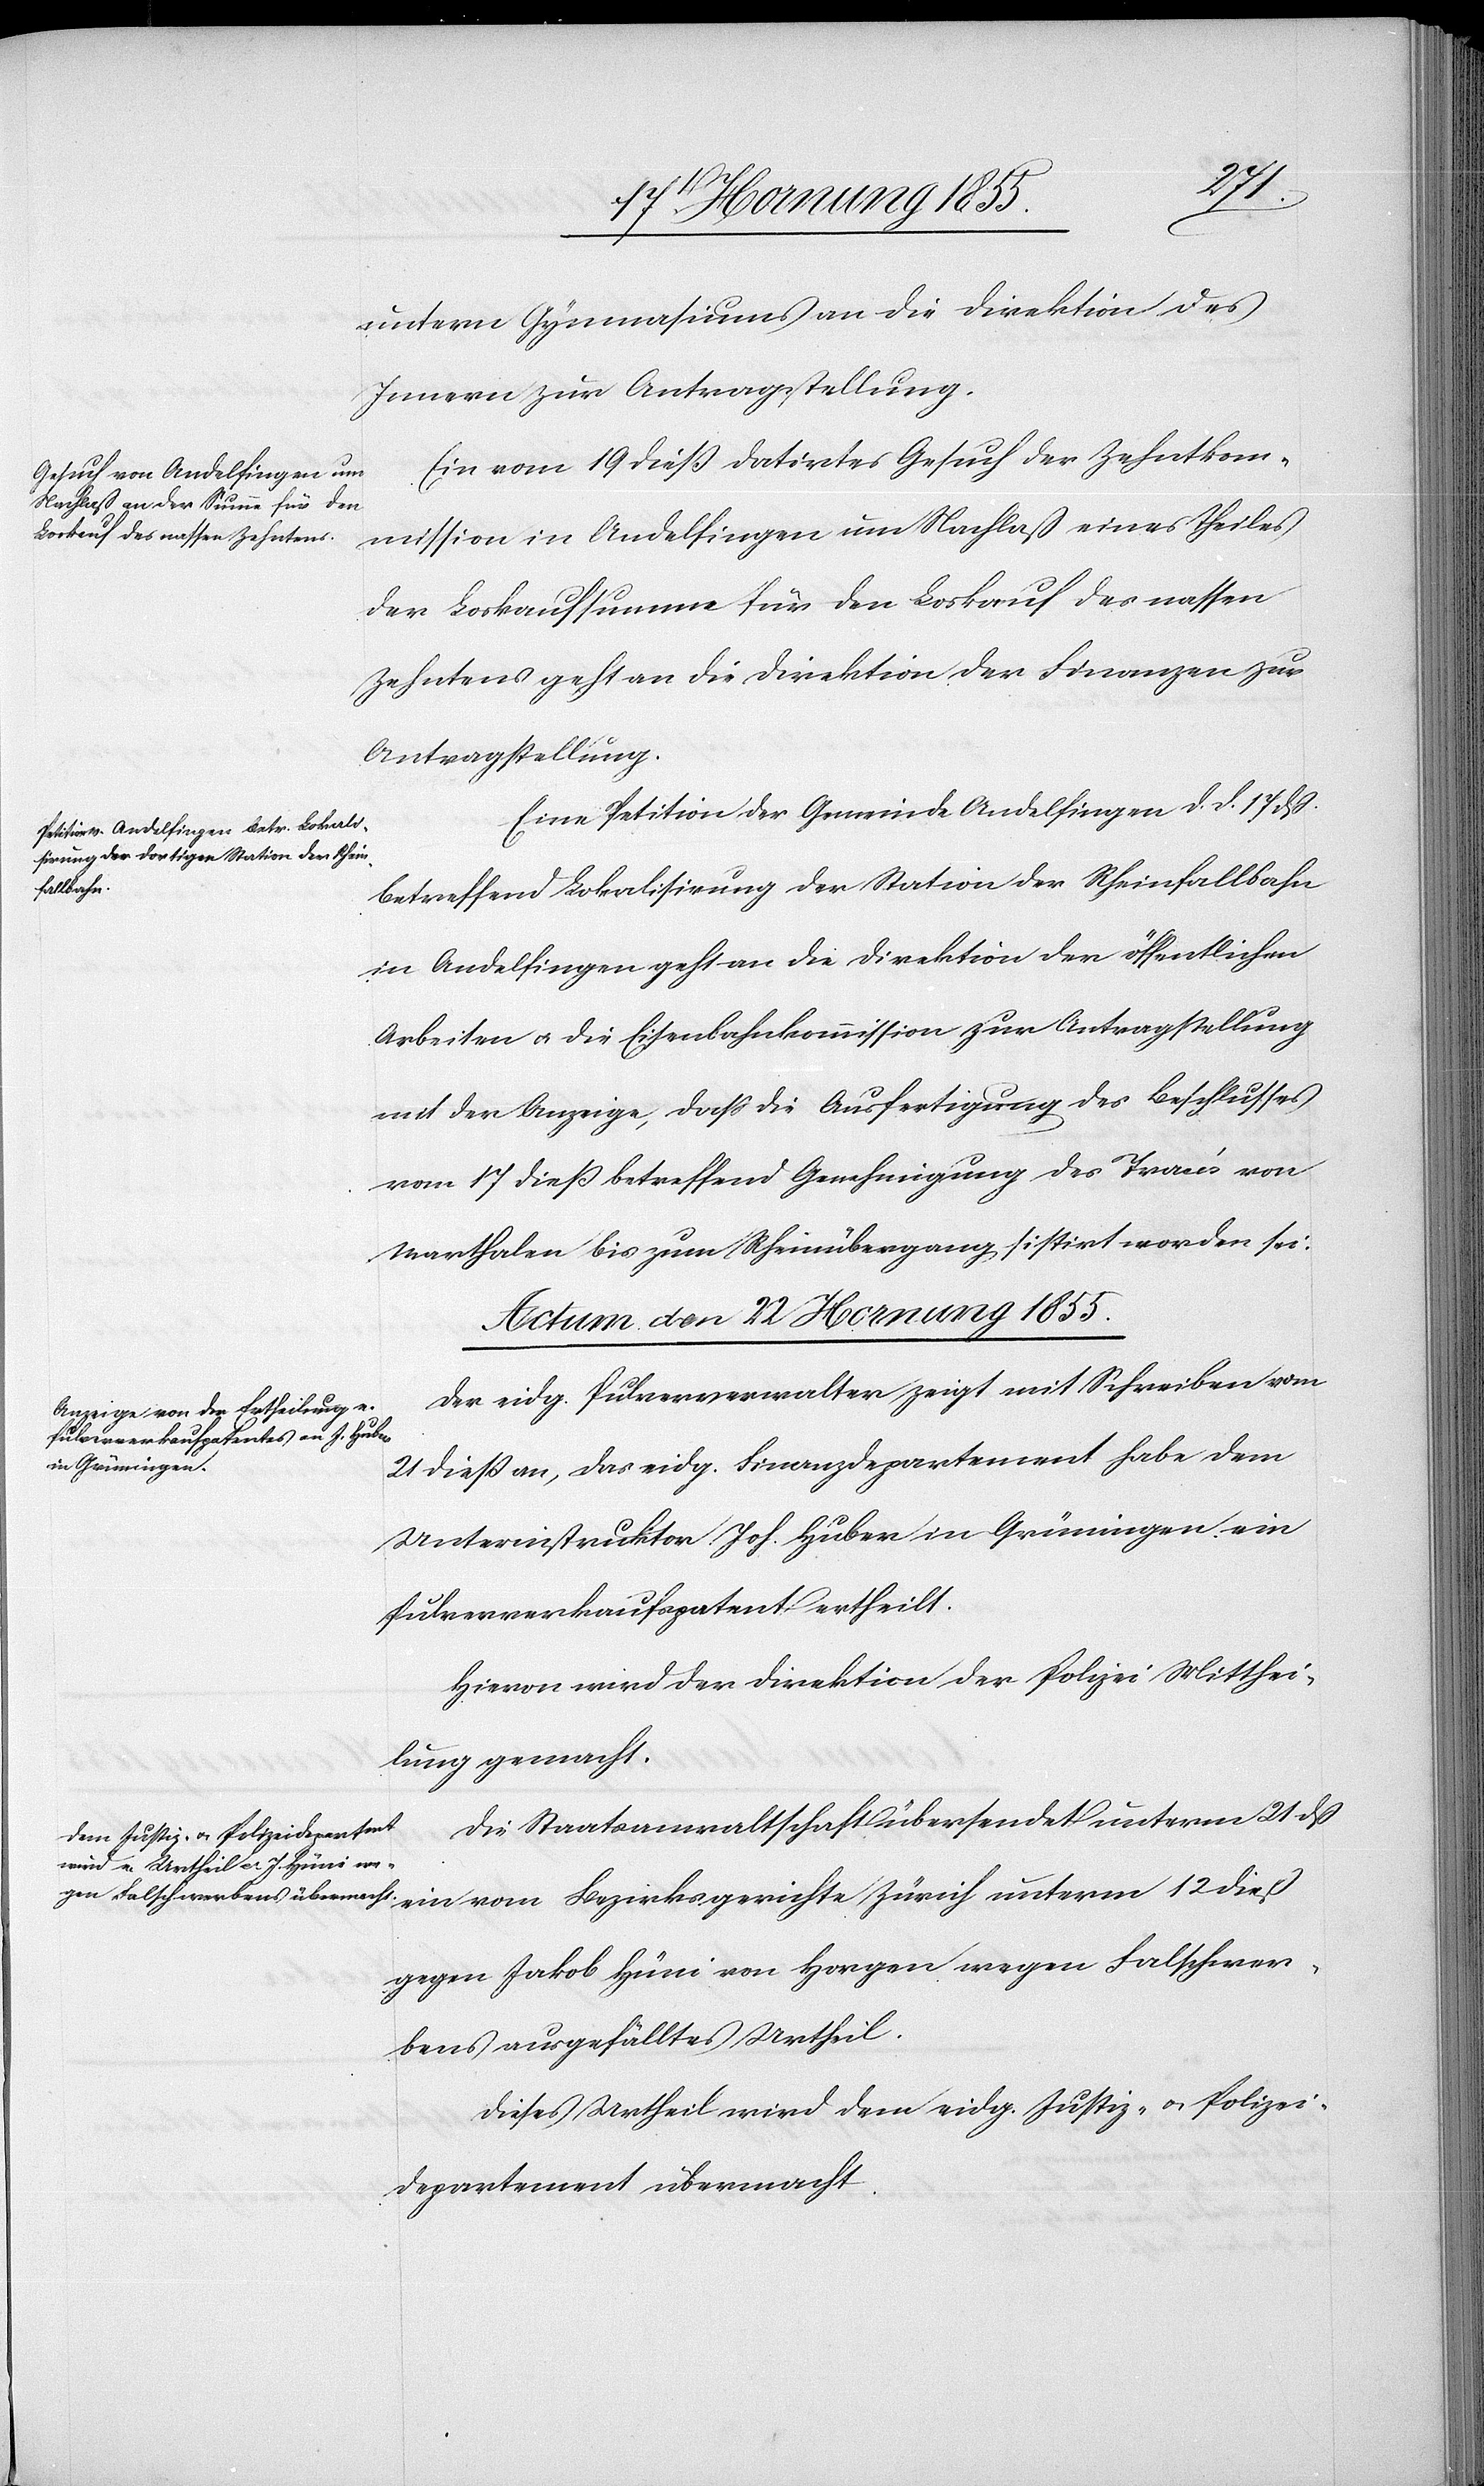
untern Gymnasiums an die Direktion des
Innern zur Antragstellung.
Ein vom 19 dieß datirtes Gesuch der Zehntkom¬
mission in Andelfingen um Nachlaß eines Theiles
der Loskaufsumme für den Loskauf des nassen
Zehntens geht an die Direktion der Finanzen zur
Antragstellung.
Eine Petition der Gemeinde Andelfingen d. d. 17 dß.
betreffend Lokalisirung der Station der Rheinfallbahn
in Andelfingen geht an die Direktion der öffentlichen
Arbeiten & die Eisenbahnkommission zur Antragstellung
mit der Anzeige, daß die Ausfertigung des Beschlusses
vom 17 dieß betreffend Genehmigung des Tracés von
Marthalen bis zum Rheinübergang sistirt worden sei.
Actum den 22 Hornung 1855.]
Der eidg. Pulververwalter zeigt mit Schreiben vom
21 dieß an, das eidg. Finanzdepartement habe dem
Unterinstruktor Joh. Huber in Grüningen ein
Pulververkaufspatent ertheilt.
Hievon wird der Direktion der Polizei Mitthei¬
lung gemacht.
Die Staatsanwaltschaft übersendet unterm 21 dß
gegen Jakob Hüni von Horgen wegen Falschwer¬
bens ausgefälltes Urtheil.
Dieses Urtheil wird dem eidg. Justiz- & Polizei¬
departement übermacht.